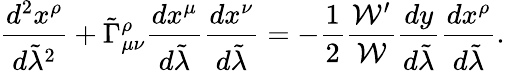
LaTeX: {\frac{d^{2}x^{\rho}}{d\tilde{\lambda}^{2}}}+\tilde{\Gamma}_{\mu\nu}^{\rho}{\frac{dx^{\mu}}{d\tilde{\lambda}}}{\frac{dx^{\nu}}{d\tilde{\lambda}}}=-{\frac{1}{2}}{\frac{{\cal W}^{\prime}}{\cal W}}{\frac{dy}{d\tilde{\lambda}}}{\frac{dx^{\rho}}{d\tilde{\lambda}}}.